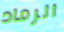
الرماد